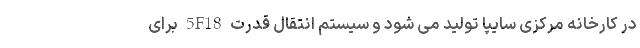
در کارخانه مرکزی سایپا تولید می شود و سیستم انتقال قدرت 5F18 برای